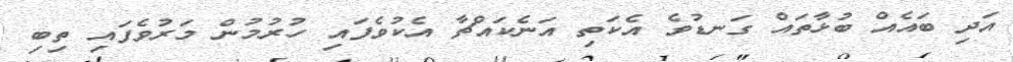
އަދި ބައެއް ބުޅާތައް ގަނޑުވެ އެކަތި އަނެކައްޗާ އެކުވެފައި ހުރުމުން މަރުވެފައި ތިބި